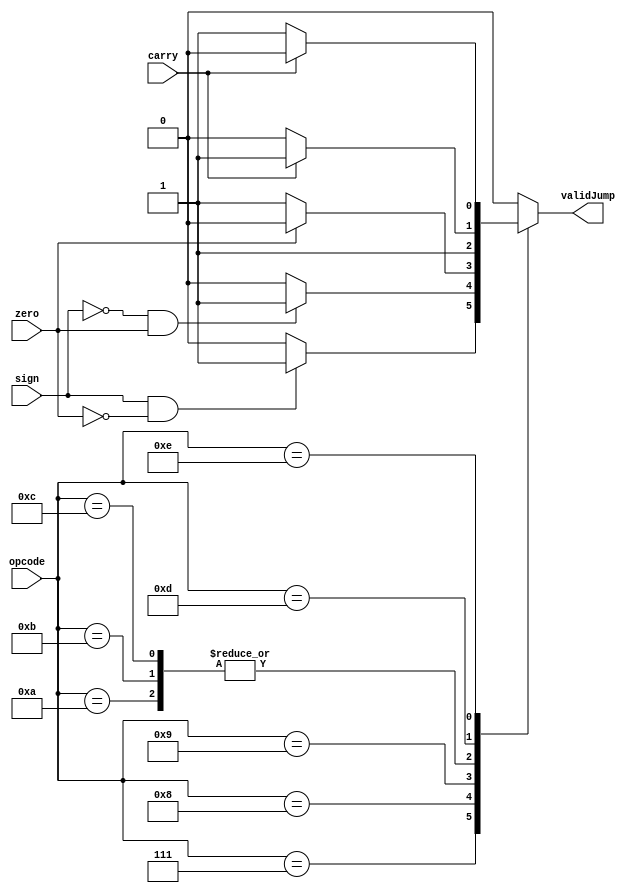
/*
   Assignment No. - 7
   KGP-RISC
   Semester - 5 (Autumn 2021-22)
   Group No. - 30
   Group Members - Ashutosh Kumar Singh (19CS30008) & Vanshita Garg (19CS10064)
*/

`timescale 1ns / 1ps

// The jump control block for determining if a jump is valid or not depending on flags from the ALU
module jump_control (
    input [5:0] opcode,
    input sign,
    input carry,
    input zero,
    output reg validJump
);
    
    always @(*) begin
        case (opcode)
            6'b000111 : begin           // bltz
                if (sign && !zero)
                    validJump = 1;
                else 
                    validJump = 0;
            end
            6'b001000 : begin           // bz
                if (!sign && zero)
                    validJump = 1;
                else 
                    validJump = 0;
            end
            6'b001001 : begin           // bnz
                if (!zero)
                    validJump = 1;
                else 
                    validJump = 0;
            end
            6'b001010 : begin           // br
                    validJump = 1;
                end
            6'b001011 : begin           // b
                    validJump = 1;
                end
            6'b001100 : begin           // bl
                    validJump = 1;
                end
            6'b001101 : begin           // bcy
                if (carry)
                    validJump = 1;
                else 
                    validJump = 0;
            end
            6'b001110 : begin           // bncy
                if (!carry)
                    validJump = 1;
                else 
                    validJump = 0;
            end
            default : validJump = 0;
        endcase
    end

endmodule